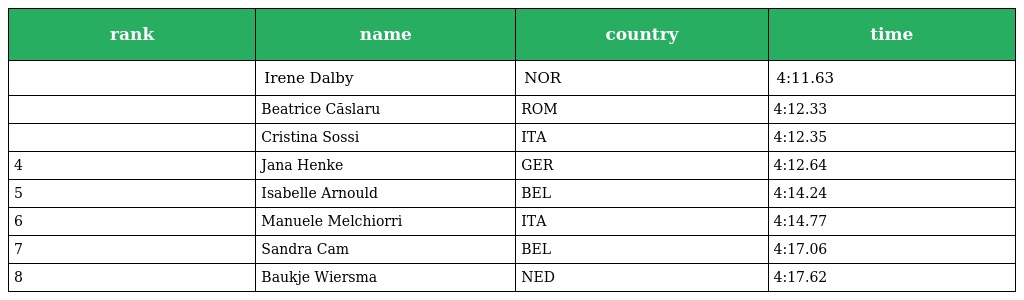
| rank | name | country | time |
 | --- | --- | --- | --- |
 |  | Irene Dalby | NOR | 4:11.63 |
 |  | Beatrice Căslaru | ROM | 4:12.33 |
 |  | Cristina Sossi | ITA | 4:12.35 |
 | 4 | Jana Henke | GER | 4:12.64 |
 | 5 | Isabelle Arnould | BEL | 4:14.24 |
 | 6 | Manuele Melchiorri | ITA | 4:14.77 |
 | 7 | Sandra Cam | BEL | 4:17.06 |
 | 8 | Baukje Wiersma | NED | 4:17.62 |